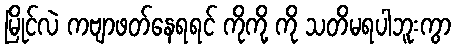
မြိုင်လဲ ကဗျာဖတ်နေရရင် ကိုကို့ ကို သတိမရပါဘူးကွာ